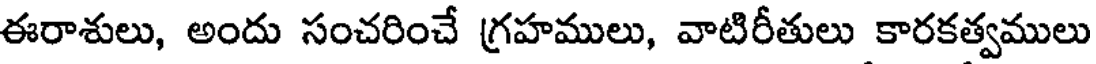
ఈరాశులు, అందు సంచరించే గ్రహములు, వాటిరీతులు కారకత్వములు